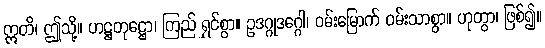
ဣတိ၊ ဤသို့။ ဟဋ္ဌတုဋ္ဌော၊ ကြည် ရွှင်စွာ။ ဥဒဂ္ဂုဒဂ္ဂေါ၊ ဝမ်းမြောက် ဝမ်းသာစွာ။ ဟုတွာ၊ ဖြစ်၍။